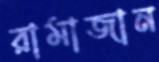
রামাজান